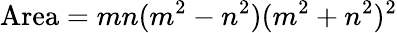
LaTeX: {\mathrm{Area}}=mn(m^{2}-n^{2})(m^{2}+n^{2})^{2}